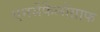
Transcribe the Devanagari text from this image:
एनसेफैलोग्राफ